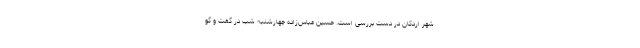
شهر اردکان در دست بررسی است. حسین عباس‌زاده چهارشنبه شب در گفت و گو